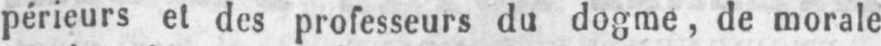
périeurs et des professeurs du dogme, de morale